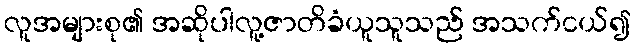
လူအများစု၏ အဆိုပါလူ့ဇာတိခံယူသူသည် အသက်ငယ်၍